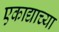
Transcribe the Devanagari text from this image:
एकाद्याच्या